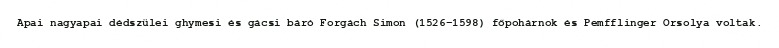
Apai nagyapai dédszülei ghymesi és gácsi báró Forgách Simon (1526-1598) főpohárnok és Pemfflinger Orsolya voltak.